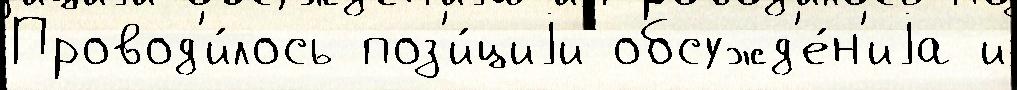
Провод'и́лось поз'и́циjи обсужд'е́н'иjа и